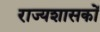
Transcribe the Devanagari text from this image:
राज्यशासकों